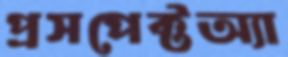
প্রসপেক্টঅ্যা